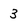
Character: 3